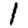
Digit: 1